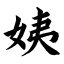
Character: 姨